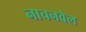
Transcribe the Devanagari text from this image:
नाचनवेल